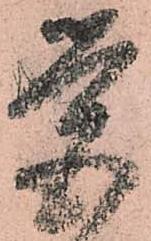
覚